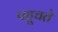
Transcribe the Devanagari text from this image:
पहूचते